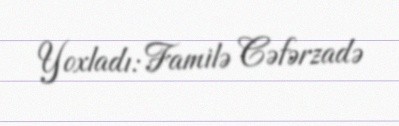
Yoxladı: Familə Cəfərzadə